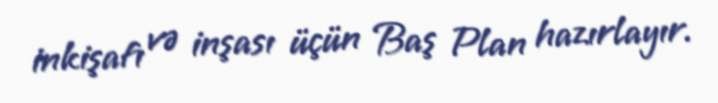
inkişafı və inşası üçün Baş Plan hazırlayır.